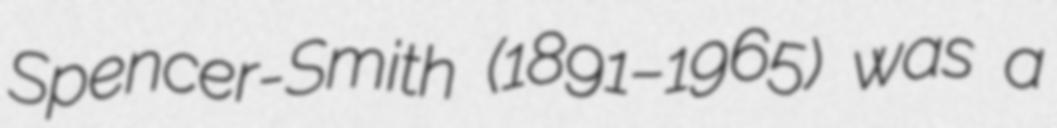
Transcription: Spencer-Smith (1891–1965) was a